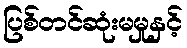
ပြစ်တင်ဆုံးမမှုနှင့်